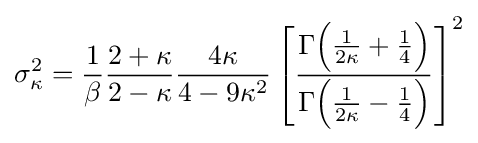
\sigma _{\kappa }^{2}={\frac {1}{\beta }}{\frac {2+\kappa }{2-\kappa }}{\frac {4\kappa }{4-9\kappa ^{2}}}\left[{\frac {\Gamma {\Big (}{\frac {1}{2\kappa }}+{\frac {1}{4}}{\Big )}}{\Gamma {\Big (}{\frac {1}{2\kappa }}-{\frac {1}{4}}{\Big )}}}\right]^{2}